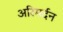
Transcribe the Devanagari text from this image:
अरिमर्दन